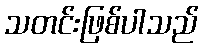
သတင်းဖြစ်ပါသည်